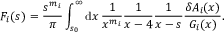
F _ { i } ( s ) = { \frac { s ^ { m _ { i } } } { \pi } } \int _ { s _ { 0 } } ^ { \infty } \mathrm { d } x \, { \frac { 1 } { x ^ { m _ { i } } } } { \frac { 1 } { x - 4 } } { \frac { 1 } { x - s } } { \frac { \delta A _ { i } ( x ) } { G _ { i } ( x ) } } .